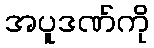
အပူဒဏ်ကို